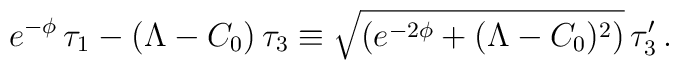
e^{-\phi} \, \tau_1-(\Lambda-C_0) \, \tau_3\equiv\sqrt{(e^{-2\phi}+(\Lambda-C_0)^2)} \,  \tau_3' \, .